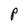
Character: P